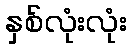
နှစ်လုံးလုံး